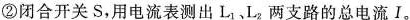
②闭合开关S，用电流表测出L_{1}、L_{2}两支路的总电流I。